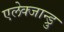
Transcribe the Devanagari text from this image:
एलेक्जान्ड्रु